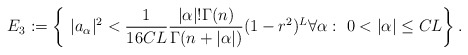
\begin{align*}E_3:=\left\{\ |a_\alpha|^2<\frac{1}{16CL}\frac{|\alpha|!\Gamma(n)}{\Gamma(n+|\alpha|)}(1-r^2)^{L}\forall \alpha:\ 0<|\alpha|\leq CL\right\}.\end{align*}